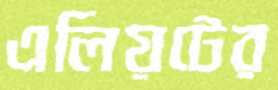
এলিয়টের